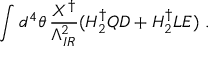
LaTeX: \int d ^ { 4 } \theta \, \frac { X ^ { \dagger } } { \Lambda _ { I R } ^ { 2 } } ( H _ { 2 } ^ { \dagger } Q D + H _ { 2 } ^ { \dagger } L E ) ~ .